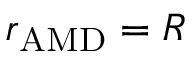
r _ { \mathrm { A M D } } = R